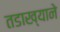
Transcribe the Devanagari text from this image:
तडाख्याने